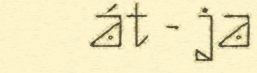
át - ja